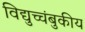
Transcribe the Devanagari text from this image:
विद्युच्चंबुकीय